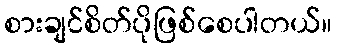
စားချင်စိတ်ပိုဖြစ်စေပါတယ်။